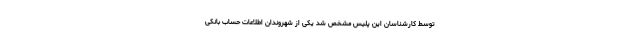
توسط کارشناسان این پلیس مشخص شد یکی از شهروندان اطلاعات حساب بانکی